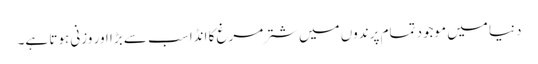
دنیا میں موجود تمام پرندوں میں شترمرغ کا انڈا سب سے بڑا اور وزنی ہوتا ہے۔